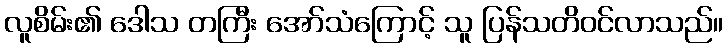
လူစိမ်း၏ ဒေါသ တကြီး အော်သံကြောင့် သူ ပြန်သတိဝင်လာသည်။